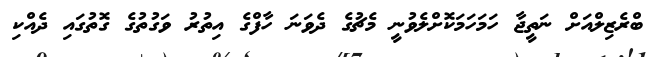
ބްރެޒިލްއަށް ނަތީޖާ ހަމަހަމަކޮށްލެވުނީ މެޗުގެ ދެވަނަ ހާފްގެ އިތުރު ވަގުތުގެ ގޮތުގައި ދެއްކި